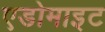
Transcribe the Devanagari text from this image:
एडोमाइट